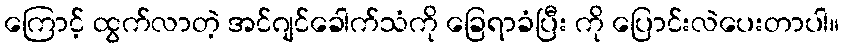
ကြောင့် ထွက်လာတဲ့ အင်ဂျင်ခေါက်သံကို ခြေရာခံပြီး ကို ပြောင်းလဲပေးတာပါ။